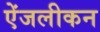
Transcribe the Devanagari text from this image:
ऐंजलीकन